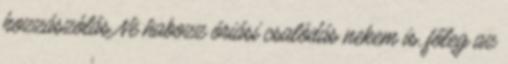
hozzászólás Ne habozz óriási csalódás nekem is, főleg az